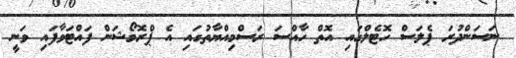
ނަސަންދުރަ ޕެލަސް ހޮޓެލްގައި އޮތް ހާއްސަ ރަސްމިއްޔާތުގައި އެ ޕްރޮމޯޝަން ފައްޓަވާފައި ވަނީ